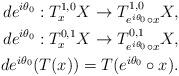
LaTeX: \begin{align*}de^{i\theta_0}:T_x^{1,0}X\rightarrow T^{1,0}_{e^{i\theta_0}\circ x}X,\\de^{i\theta_0}:T_x^{0,1}X\rightarrow T^{0,1}_{e^{i\theta_0}\circ x}X,\\de^{i\theta_0}(T(x))=T(e^{i\theta_0}\circ x).\end{align*}